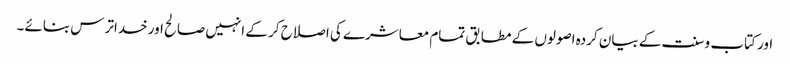
اور کتاب و سنت کے بیان کردہ اصولوں کے مطابق تمام معاشرے کی اصلاح کر کے انہیں صالح اور خداترس بنائے۔